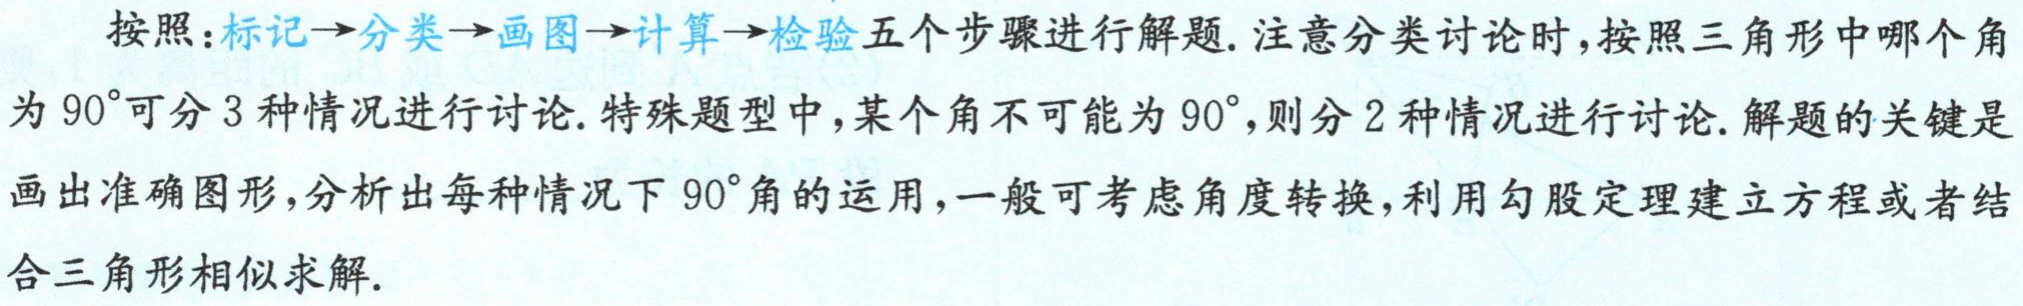
按照：标记$\to$分类$\to$画图$\to$计算$\to$检验五个步骤进行解题. 注意分类讨论时，按照三角形中哪个角为$90^{\circ}$可分$3$种情况进行讨论. 特殊题型中，某个角不可能为$90^{\circ}$，则分$2$种情况进行讨论. 解题的关键是画出准确图形，分析出每种情况下$90^{\circ}$角的运用，一般可考虑角度转换，利用勾股定理建立方程或者结合三角形相似求解.